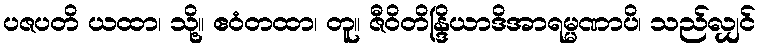
ပဇပတိ ယထာ၊ သို့။ ဧဝံတထာ၊ တူ။ ဇီဝိတိန္ဒြိယာဒိအာရမ္မဏာပိ၊ သည်လျှင်